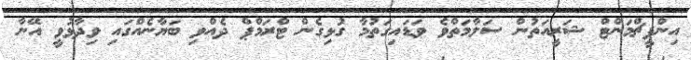
އިންޕީޗްމަންޓް ޝަރީއަތުން ސަލާމަތްވެ ވަޑައިގަތުމާ ގުޅިގެން ޓްރަމްޕް ދެއްވި ބަޔާނެއްގައި ވިދާޅުވީ އޭނާ